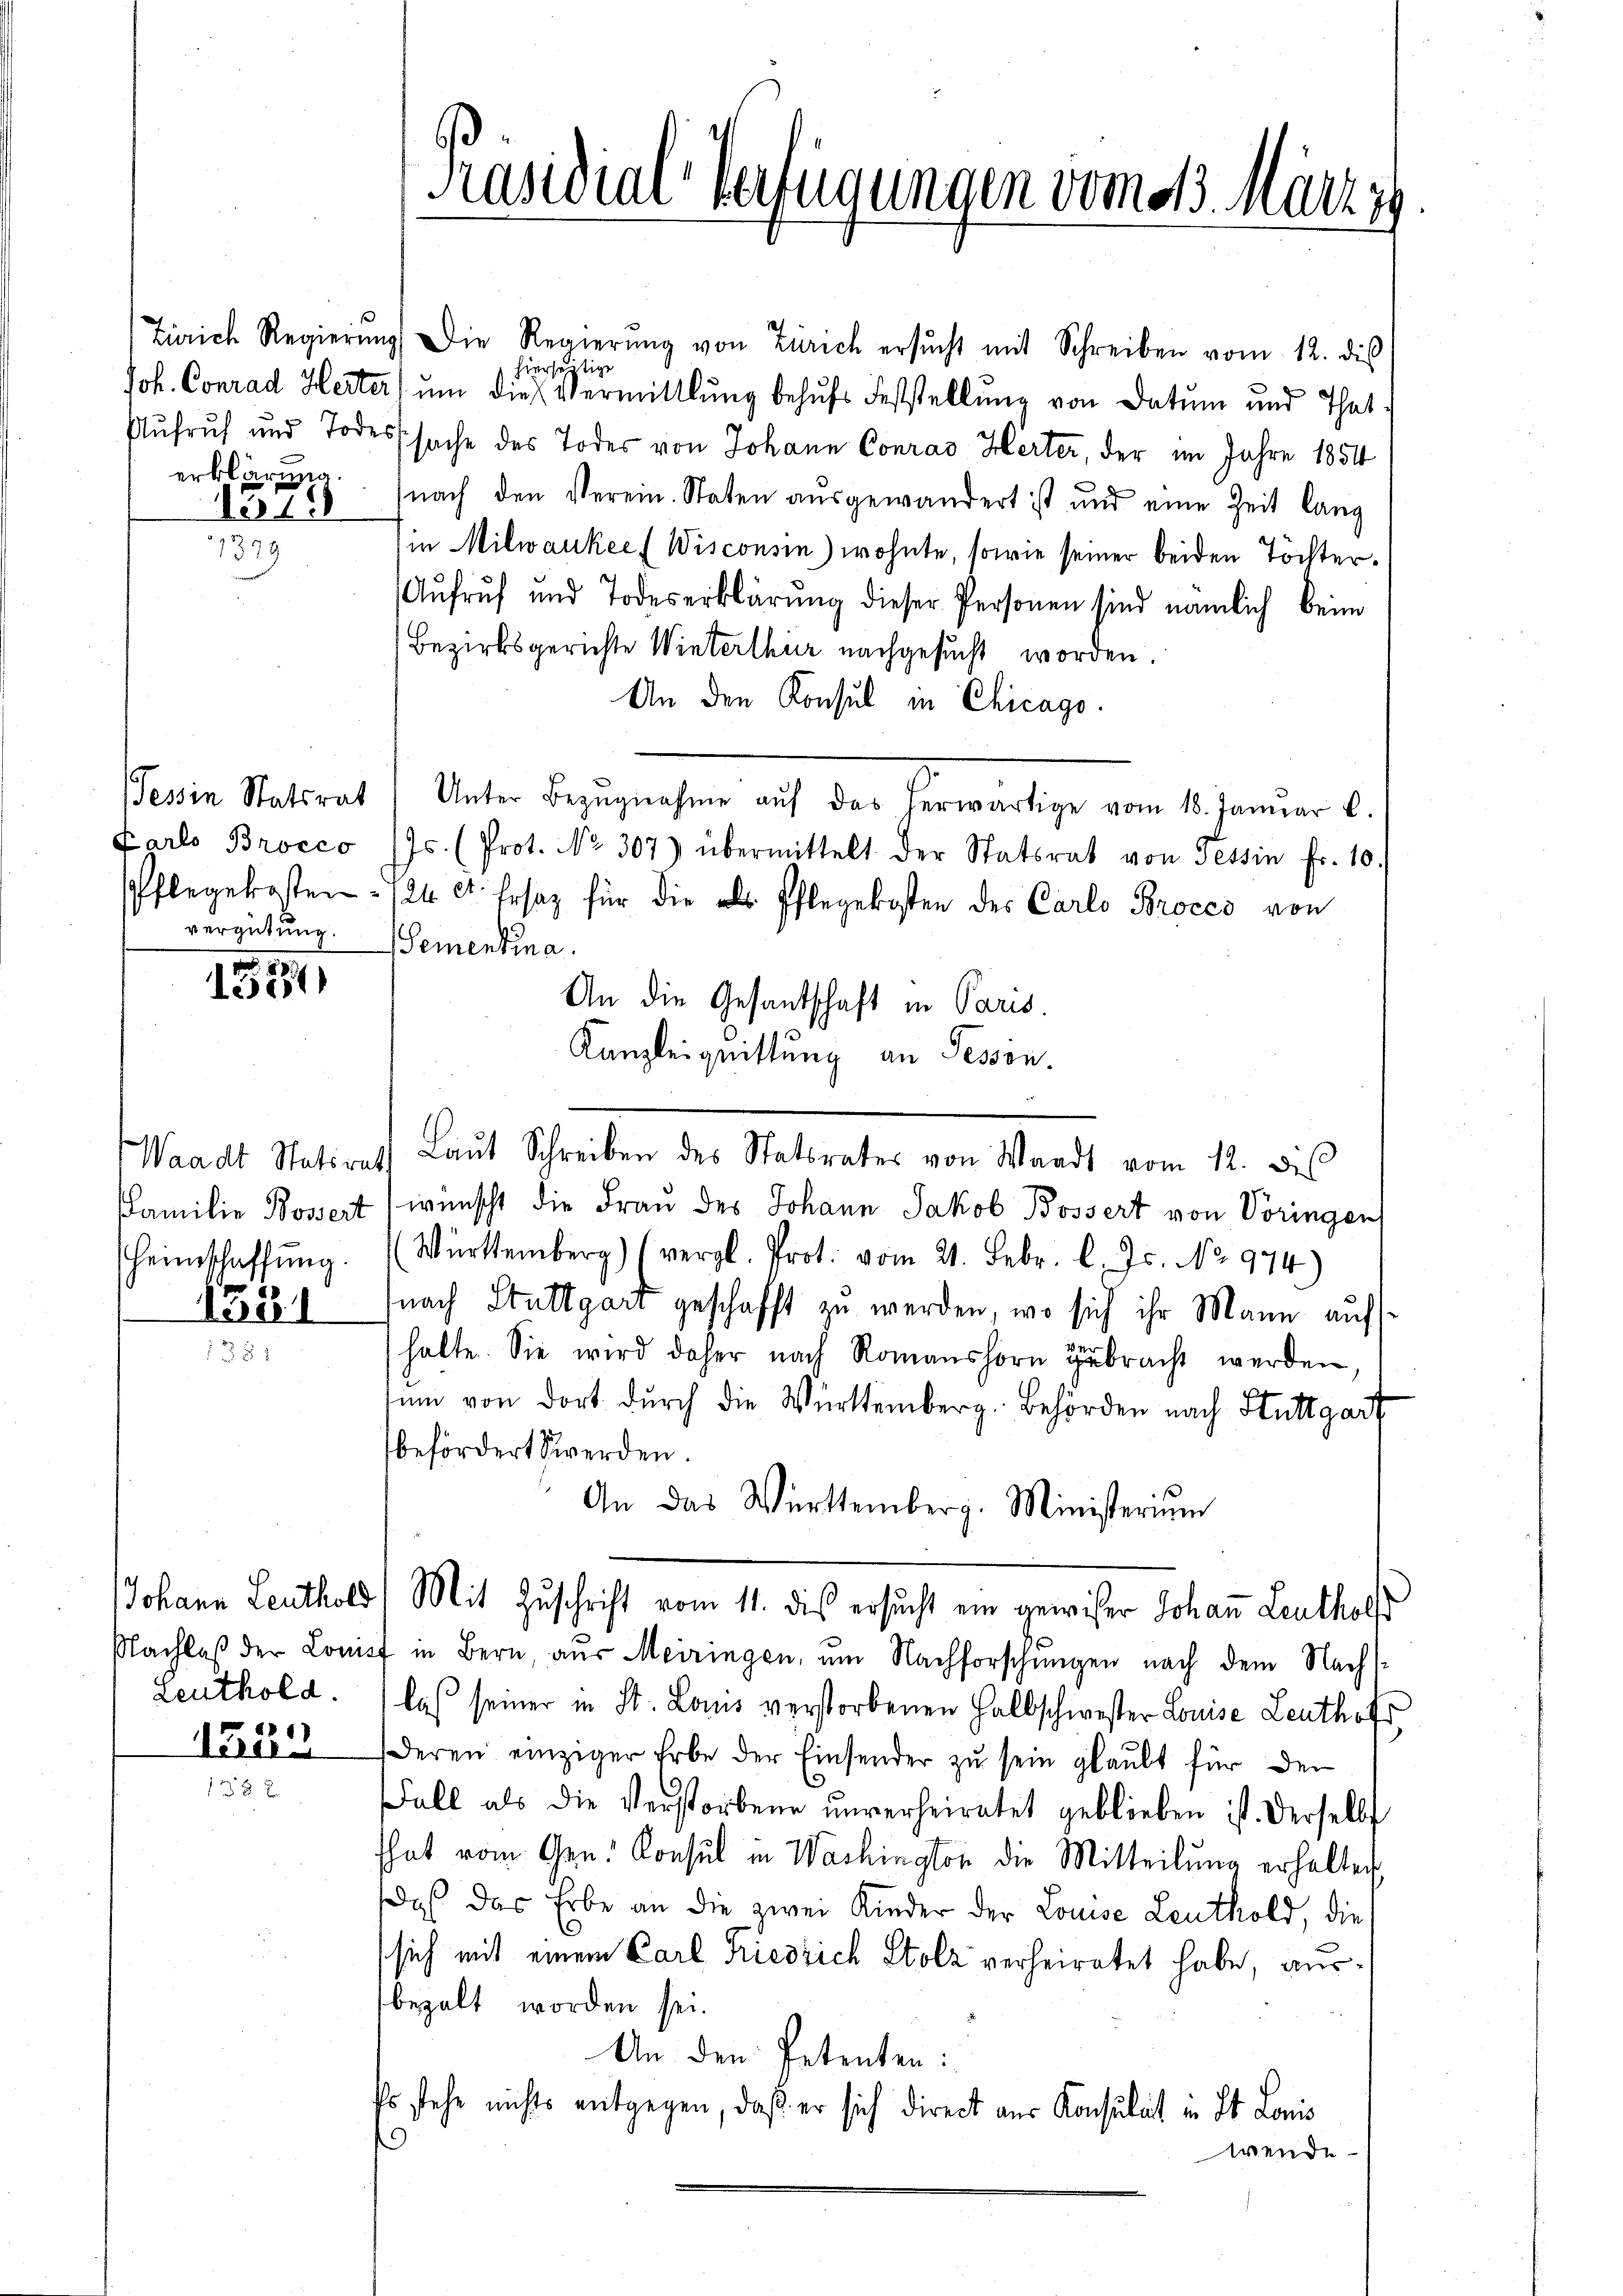
erklärung.
e1)

7379

Farlo Brocco
Pflegekosten.
vergütung.

1528

Waadt Statsrat
Familie Bossert
Heimschaffung.
1581

Johann Leuthold
Nachlaß der Louis
Leuthold.

1524

Präsidial-Verfügungen vom 13. Marzig

Zürich Regierŭng, die Regierŭng von Zürich ersŭcht mit Schreiben vom 12. dies
hierseitige
Joh. Conrad Herter) um die Vermittlung behufs Feststellung von Datum und That
Aufruf und Todesssache des Todes von Johann Conrad Herter, der im Jahre 1854
nach den Verein. Staten ausgewandert ist und eine Zeit lang
in Milwankee (Wisconsin) wohnte, sowie seiner beiden Töchter¬
Aufruf und Todeserklärung dieser Personen sind nämlich beim
Bezirksgerichte Winterthur nachgesucht worden.
An den Konsul in Chicago
evin Statsrat) Unter Bezugnahme auf das Verwärtige vom 18. Januar b.
Js. (Prot. No. 307) übermittelt der Statsrat von Tessin fr. 10.
124 Art. Ersatz für die als Pflegekosten des Carlo Proces von
Sementina.
An die Gesantschaft in Paris.
Kanzleiquittung an Tessin.
 Laŭt Schreiben des Statsrates von Waadt vom 12. dies
wünscht die Frau des Johann Jakob Bossert von Voringen
Württemberg) (vergl. Prot. vom 21. Febr. l. Js. No. 974)
nach Stuttgart geschafft zu werden, wo sich ihr Mann auf
halte. Sie wird daher nach Romanshorn gebracht werden.
sum von dort durch die Württemberg. Behörden nach Stuttgart
befördert werden.
An das Württemberg. Ministerium
Mit Zuschrift vom 11. dis ersucht ein gewisser Johann Leuthochs
ift in Bern, aus Meiringen, um Nachforschungen nach dem Nachslas seiner in St. Louis verstorbenen Halbschwester Louise Leuthofs
deren einziger Erbe der Einsender zŭ sein glaŭbt für der
Fall als die Verstorbene unverheiratet geblieben ist. Derselb
That vom Gen. Konsul in Wachington die Mitteilung erhalten
daß das Erbe an die zwei Kinder der Louise Leuthold, die
sich mit einem Carl Friedrich Stolz verheiratet habe, ausbezalt worden sei.
An den Petenten:
Es stehe nichts entgegen, daß er sich direct aus Konsulat in St. Lonis
wende